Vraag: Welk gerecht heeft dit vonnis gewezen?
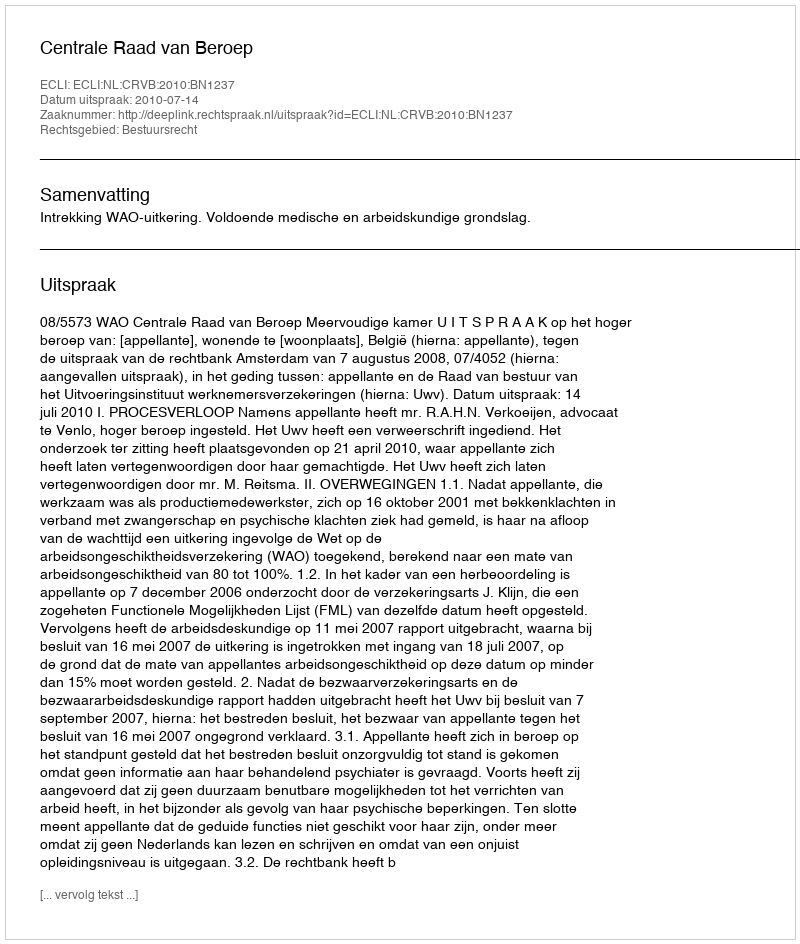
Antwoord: Centrale Raad van Beroep